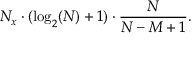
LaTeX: N _ { x } \cdot ( \log _ { 2 } ( N ) + 1 ) \cdot { \frac { N } { N - M + 1 } } .